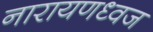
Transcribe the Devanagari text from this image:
नारायणध्वज